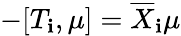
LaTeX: -[T_{\mathbf{i}},\mu]=\overline{{{X}}}_{\mathbf{i}}\mu